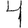
Digit: 4